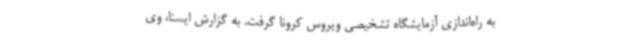
به راه‌اندازی آزمایشگاه تشخیصی ویروس کرونا گرفت. به گزارش ایسنا، وی